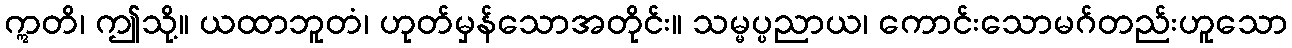
ဣတိ၊ ဤသို့။ ယထာဘူတံ၊ ဟုတ်မှန်သောအတိုင်း။ သမ္မပ္ပညာယ၊ ကောင်းသောမဂ်တည်းဟူသော